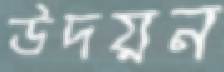
উদয়ন